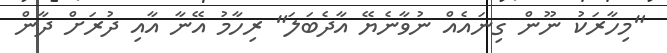
"މިހާރަކު ނޫން ގިނައެއް ނުވާނެޔޭ އާދެބަލަ" ރިހާމު އޭނާ އާއި ދުރަށް ދާން